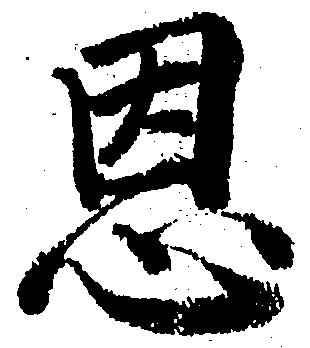
恩